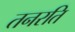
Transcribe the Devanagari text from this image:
तनरति